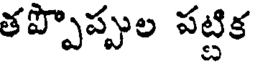
తప్పొప్పుల పట్టిక